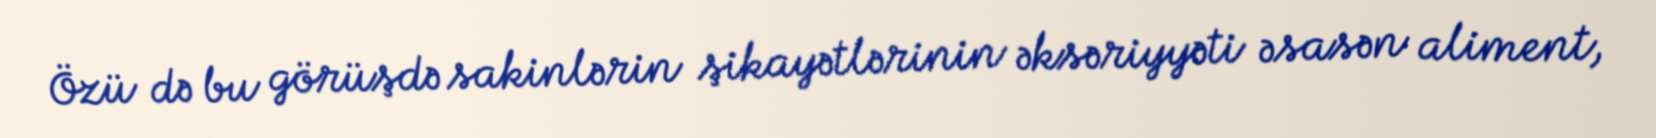
Özü də bu görüşdə sakinlərin şikayətlərinin əksəriyyəti əsasən aliment,